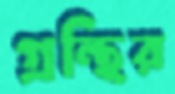
গ্রন্থির